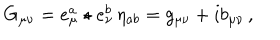
G _ { \mu \nu } = e _ { \mu } ^ { a } \star e _ { \nu } ^ { b } \, \eta _ { a b } = g _ { \mu \nu } + i b _ { \mu \nu } \, ,